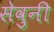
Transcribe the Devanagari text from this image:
सेवुनी